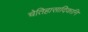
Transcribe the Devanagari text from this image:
चेतिहासादिकानि